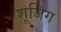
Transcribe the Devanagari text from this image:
शूजिग